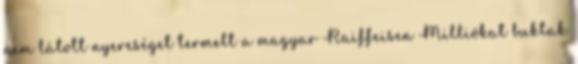
nem látott nyereséget termelt a magyar Raiffeisen Milliókat buktak